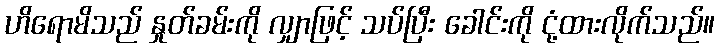
ဟိရောမိသည် နှုတ်ခမ်းကို လျှာဖြင့် သပ်ပြီး ခေါင်းကို ငုံ့ထားလိုက်သည်။